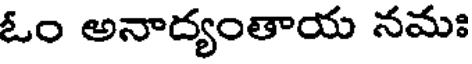
ఓం అనాద్యంతాయ నమః